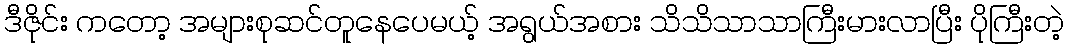
ဒီဇိုင်း ကတော့ အများစုဆင်တူနေပေမယ့် အရွယ်အစား သိသိသာသာကြီးမားလာပြီး ပိုကြီးတဲ့